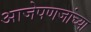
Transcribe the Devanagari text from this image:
आजेपणजांच्या